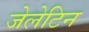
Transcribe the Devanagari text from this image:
जेलेटिन